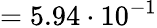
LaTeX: =5.94\cdot 10^{-1}